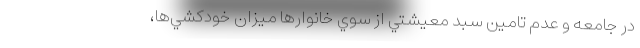
در جامعه و عدم تامين سبد معيشتي از سوي خانوارها ميزان خودكشي‌ها،